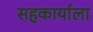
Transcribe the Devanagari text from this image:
सहकार्याला